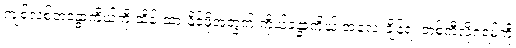
ကျစ်လစ်တဲ့ခန္ဓာကိုယ်ကို ထိန်းထားနိုင်ဖို့အတွက် ကိုယ့်ခန္ဓာကိုယ် အလေးချိန်ရဲ့ တစ်ကီလိုဂရမ်ကို